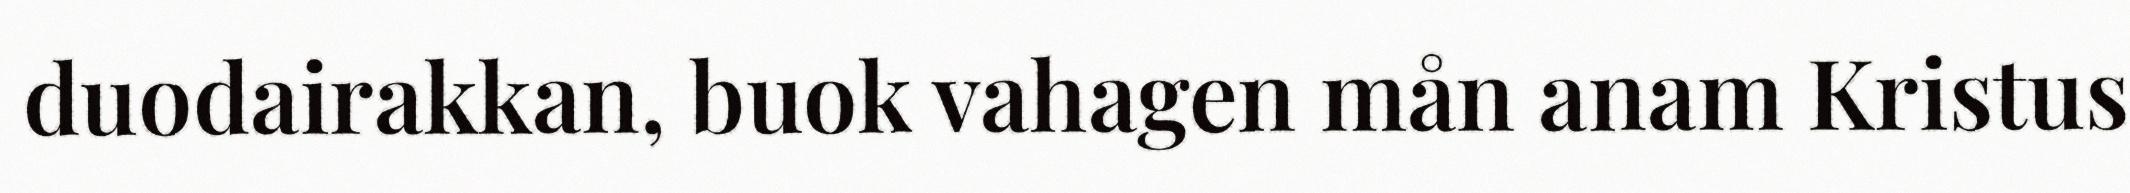
duodairakkan, buok vahagen mån anam Kristus